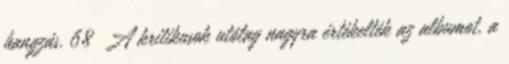
hangzás. 68 A kritikusok utólag nagyra értékelték az albumot, a